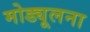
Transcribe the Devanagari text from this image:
मोड्यूलना